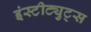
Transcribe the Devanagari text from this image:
इंस्टीट्युट्स